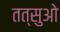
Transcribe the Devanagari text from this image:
तत्सुओ